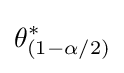
\theta _{(1-\alpha /2)}^{*}